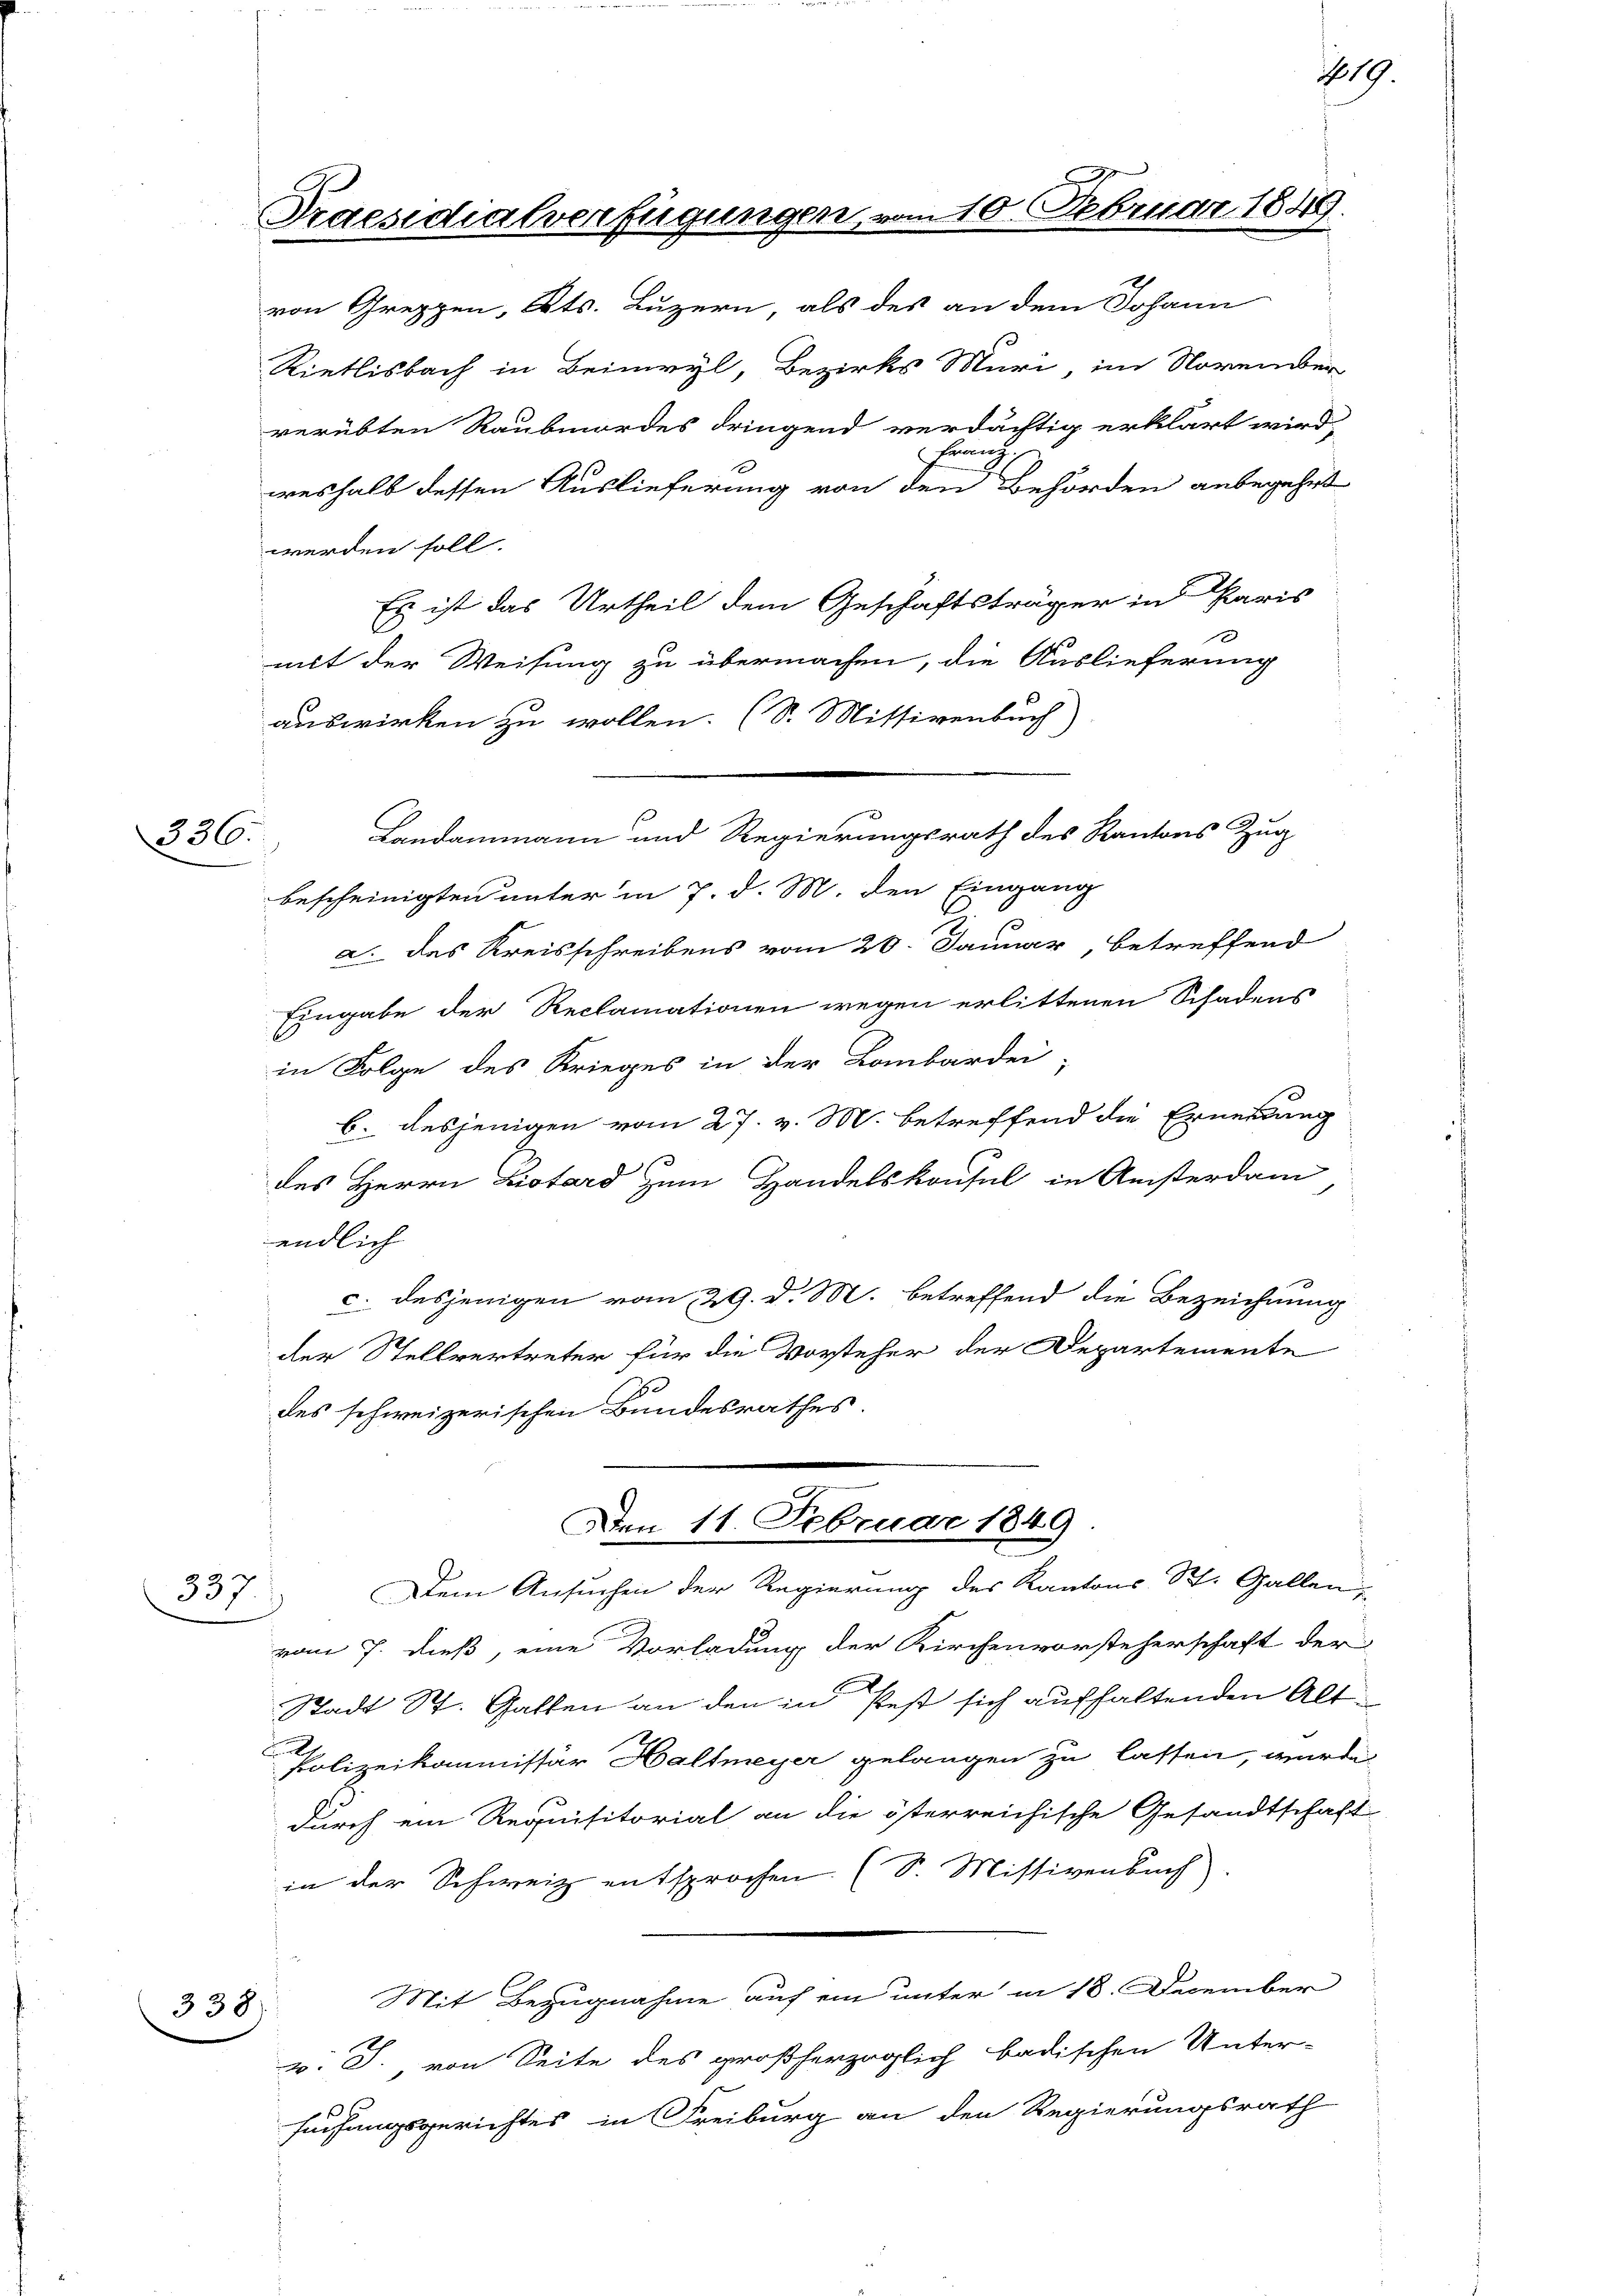
336.

337/

Praesidialverfügungen, vom 10. Februar 1

von Greppen, Kts. Luzern, als des an dem Johann
Rietlisbach in Beimvyl, Bezirks Muri, im November
verübten Raubmordes dringend verdächtig erklärt wird,
von
weshalb dessen Auslieferung von den Behörden anbegehrt
werden soll.
Es ist das Urtheil dem Geschäftsträger in Paris
mit der Weisung zu übermachen, die Auslieferung
auswirken zu wollen. (S. Missivenbuch)
Landammann und Regierungsrath des Kantons Zug
bescheinigten unter in 7. d. M. den Eingang
a. des Kreisschreibens vom 20. Januar, betreffend
Eingabe der Reclamationen wegen erlittenen Schadens
in Folge des Krieges in der Laubardei-
b. desjenigen vom 27. v. M. betreffend die Ernennung
des Herrn Distard zum Handelskonsul in Ansterdam
endlich
c. desjenigen vom 29. d. M. betreffend die Bezeichnung
der Stellvertreter für die Vorsteher der Departemente
des schweizerischen Bundesrathes.
Den 11. Februar 1849
Dem Ansuchen der Regierung des Kantons St. Gallen
vom 7. dieß, eine Vorladung der Kirchenvorsteherschaft der
Stadt St. Gatten an den in Pest sich aufhaltenden Alt
F
Polizeikommissär Haltmeyer gelangen zu lassen, wurde
durch ein Requisitorial an die österreichische Gesandtschaft
in der Schweiz entsprochen (S. Missivenbuch)
Mit Bezugnahme auf ein unter in 18. December
v. J., von Seite des großherzoglich badischen Unter-
suchungsgerichtes in Freiburg an den Regierungsrath

338)

89.

119